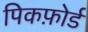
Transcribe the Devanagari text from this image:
पिकफ़ोर्ड